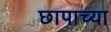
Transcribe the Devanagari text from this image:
छापाच्या